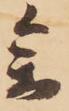
参